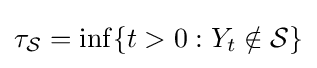
\tau _{\mathcal {S}}=\inf\{t>0:Y_{t}\notin {\mathcal {S}}\}